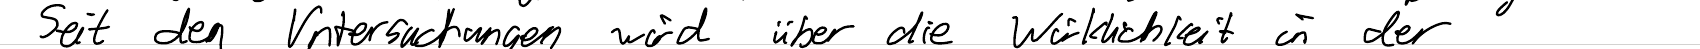
Seit den Untersuchungen wird über die Wirklichkeit in der